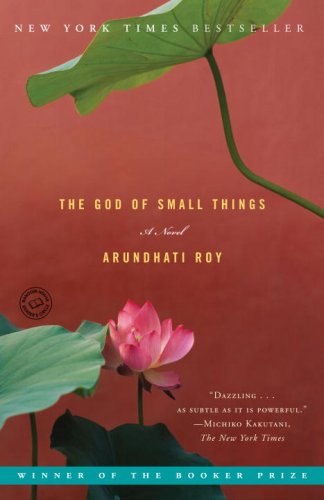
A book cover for The God of Small Things: A Novel; Arundhati Roy; Literature & Fiction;